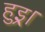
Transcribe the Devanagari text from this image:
हुइ्र।